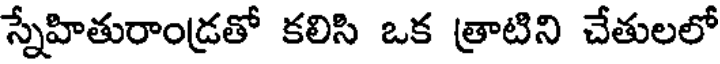
స్నేహితురాండ్రతో కలిసి ఒక త్రాటిని చేతులలో